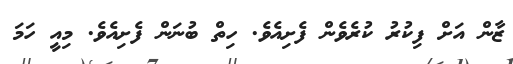
ޒާން އަށް ފިކުރު ކުރެވެން ފެށިއެވެ. ހިތް ބުނަން ފެށިއެވެ. މިއީ ހަމަ